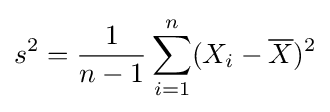
s^{2}={1 \over n-1}\sum _{i=1}^{n}(X_{i}-{\overline {X}})^{2}